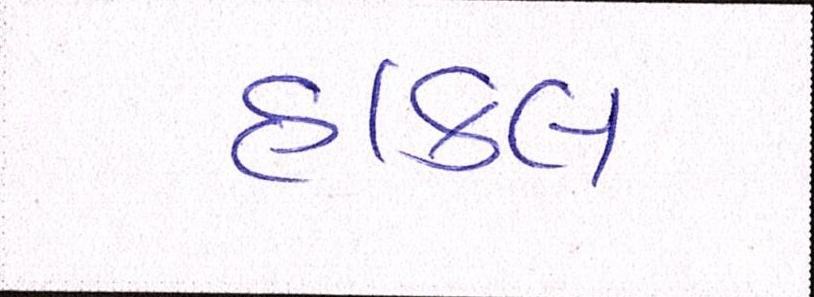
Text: હાકલ